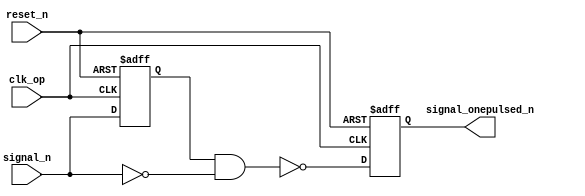
`timescale 1ns / 1ps
///////////////////////////////////////////////////////////////////////////////
// Company:
//
// Design Name: One-pulse signal.
// Module Name: onepulse
// Project Name:
// Target Devices:
// Tool versions:
// Description:
//    Make signal one-pulsed.
// Dependencies:
//
// Revision:
// Revision 0.01 - File Created
// Additional Comments:
//
///////////////////////////////////////////////////////////////////////////////
module onepulse (
   // One-pulsed signal. This signal becomes triggered when
   // source signal is triggered, and only lasts for one clock cycle.
   output reg signal_onepulsed_n,

   // Source signal.
   input signal_n,
   // Clock signal for one-pulsing.
   input clk_op,
   // Reset signal.
   input reset_n
   );

   wire next_signal_n;
   reg last_signal_n;

   always @(posedge clk_op or negedge reset_n) begin
      if ((!reset_n)) begin
         signal_onepulsed_n <= 1;
         last_signal_n <= 1;
      end
      else begin
         signal_onepulsed_n <= next_signal_n;
         last_signal_n <= signal_n;
      end
   end

   assign next_signal_n = ~(last_signal_n == 1'b1 && signal_n == 1'b0);
endmodule